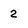
Character: 2